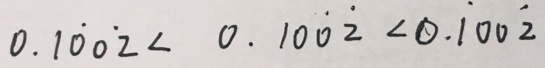
0 . 1 \dot { 0 } 0 \dot { 2 } < 0 . 1 0 \dot { 0 } \dot { 2 } < 0 . \dot { 1 } 0 0 \dot { 2 }